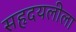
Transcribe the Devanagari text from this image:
सहृदयलीला